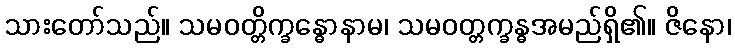
သားတော်သည်။ သမဝတ္တိက္ခန္ဓောနာမ၊ သမဝတ္တက္ခန္ဓအမည်ရှိ၏။ ဇိနော၊